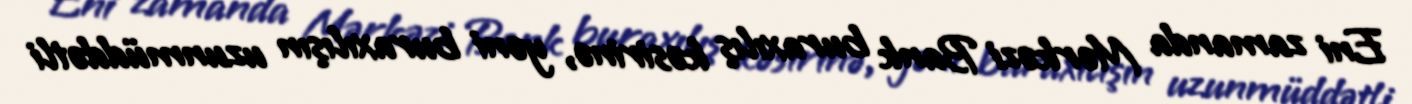
Eni zamanda Mərkəzi Bank buraxılış kəsirinə, yəni buraxılışın uzunmüddətli